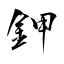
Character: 鉀